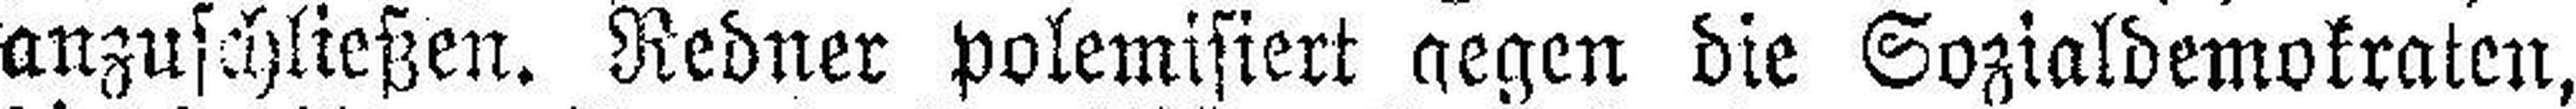
anzuschließen. Redner polemisiert gegen die Sozialdemokraten,